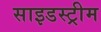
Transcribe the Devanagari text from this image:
साइडस्ट्रीम